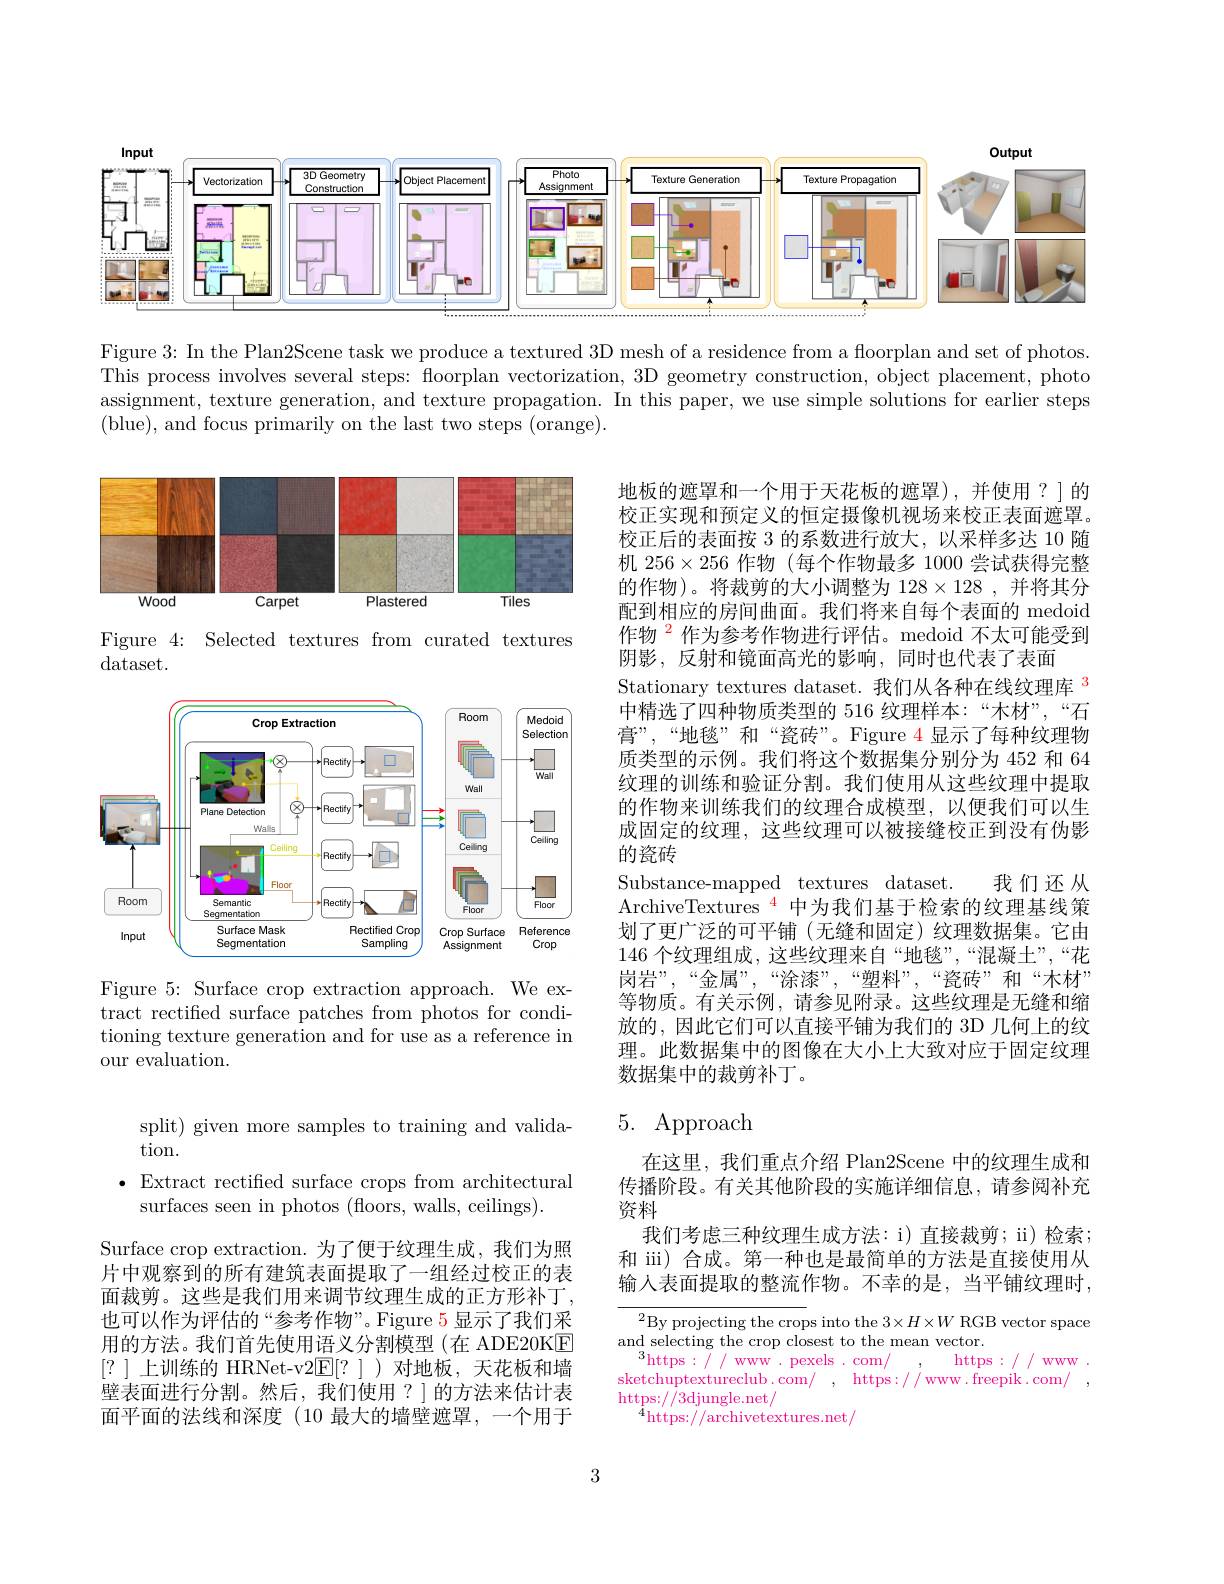
<FigureHere>

Figure 3: In the Plan2Scene task we produce a textured 3D mesh of a residence from a floorplan and set of photos. This process involves several steps: floorplan vectorization, 3D geometry construction, object placement, photo assignment, texture generation, and texture propagation. In this paper, we use simple solutions for earlier steps (blue), and focus primarily on the last two steps (orange).

<FigureHere>

Figure 4: Selected textures from curated textures
dataset.

地板的遮罩和一个用于天花板的遮罩),并使用？]的校正实现和预定义的恒定摄像机视场来校正表面遮罩。校正后的表面按 3 的系数进行放大，以采样多达 10 随机$256\times256$作物 (每个作物最多 1000 尝试获得完整的作物)。将裁剪的大小调整为$128\times128$,并将其分配到相应的房间曲面。我们将来自每个表面的 medoid 作物$^{2}$作为参考作物进行评估。medoid 不太可能受到阴影，反射和镜面高光的影响，同时也代表了表面
Stationary textures dataset. 我们从各种在线纹理库$^{\color{red}3}$ 中精选了四种物质类型的 516 纹理样本：“木材”,“石膏 ” , “ 地 毯 ” 和 “ 瓷 砖 ” 。Figure 4显 示 了 每 种 纹 理 物 质类型的示例。我们将这个数据集分别分为 452 和 64纹理的训练和验证分割。我们使用从这些纹理中提取的作物来训练我们的纹理合成模型，以便我们可以生成固定的纹理，这些纹理可以被接缝校正到没有伪影的瓷砖
Substance-mapped textures dataset. 我们还从ArchiveTextures $^{\color{red}{4}}$中为我们基于检索的纹理基线策划了更广泛的可平铺 (无缝和固定)纹理数据集。它由146个纹理组成，这些纹理来自“地毯”,“混凝土”,“花岗岩”,“金属””,“涂漆”,“塑料”,“瓷砖”和“木材” 等物质。有关示例，请参见附录。这些纹理是无缝和缩放的，因此它们可以直接平铺为我们的 3D 几何上的纹理。此数据集中的图像在大小上大致对应于固定纹理数据集中的裁剪补丁。

<FigureHere>

Figure 5: Surface crop extraction approach. We extract rectified surface patches from photos for conditioning texture generation and for use as a reference in our evaluation.

# 5. Approach

split) given more samples to training and valida-
tion.
$\bullet$ Extract rectified surface crops from architectural
surfaces seen in photos (floors, walls, ceilings).

在这里，我们重点介绍 Plan2Scene 中的纹理生成和传播阶段。有关其他阶段的实施详细信息，请参阅补充资料
我们考虑三种纹理生成方法：i) 直接裁剪；ii) 检索； 和 iii) 合成。第一种也是最简单的方法是直接使用从输入表面提取的整流作物。不幸的是，当平铺纹理时，

Surface crop extraction. 为了便于纹理生成，我们为照片中观察到的所有建筑表面提取了一组经过校正的表面裁剪。这些是我们用来调节纹理生成的正方形补丁， 也可以作为评估的“参考作物”。Figure 5 显示了我们采用的方法。我们首先使用语义分割模型(在 ADE20KE [?]上训练的 HRNet-v2$\underline{\mathrm{E}}[?]$)对地板，天花板和墙壁表面进行分割。然后，我们使用？]的方法来估计表面平面的法线和深度(10 最大的墙壁遮罩，一个用于

$^2$By projecting the crops into the 3$\times H\times W$ RGB vector space
and selecting the crop closest to the mean vector.
$^{3}$https$:\tilde{I}/$www.pexels.com/
https :// www .
sketchuptextureclub.com/  , https: / / ww. freepik. com/
https://3djungle.net/
$^{4}$https://archivetextures.net/

3